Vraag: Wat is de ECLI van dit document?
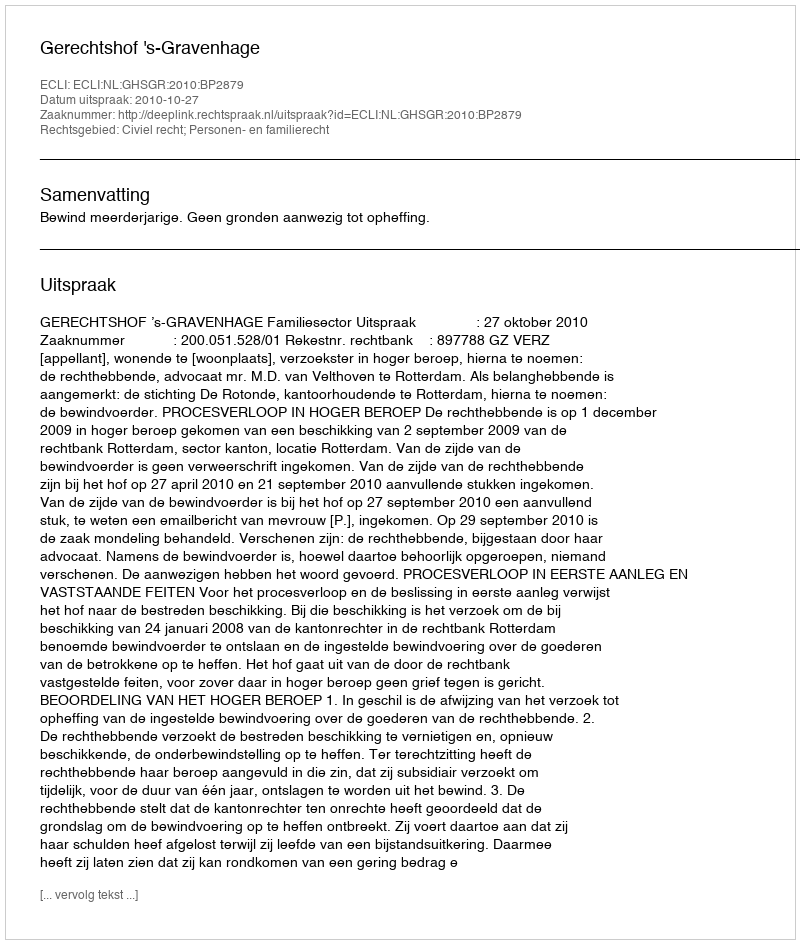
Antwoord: ECLI:NL:GHSGR:2010:BP2879